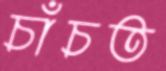
চাঁচত